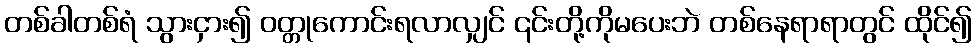
တစ်ခါတစ်ရံ သွားငှား၍ ဝတ္တုကောင်းရလာလျှင် ၎င်းတို့ကိုမပေးဘဲ တစ်နေရာရာတွင် ထိုင်၍